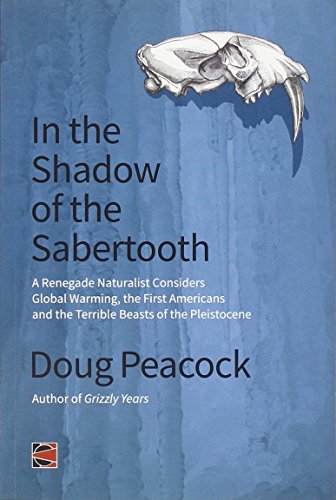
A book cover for In the Shadow of the Sabertooth: Global Warming, the Origins of the First Americans, and the Terrible Beasts of the Pleistocene (Counterpunch); Doug Peacock; Biographies & Memoirs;